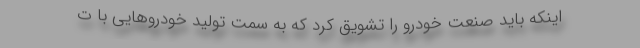
اینکه باید صنعت خودرو را تشویق کرد که به سمت تولید خودروهایی با ت